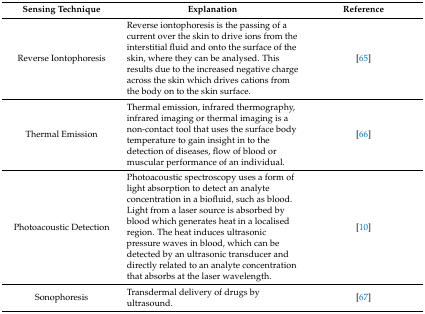
| Sensing Technique | Explanation | Reference |
 | --- | --- | --- |
 | Reverse Iontophoresis | Reverse iontophoresis is the passing of a current over the skin to drive ions from the interstitial fluid and onto the surface of the skin, where they can be analysed. This results due to the increased negative charge across the skin which drives cations from the body on to the skin surface. | [65] |
 | Thermal Emission | Thermal emission, infrared thermography, infrared imaging or thermal imaging is a non-contact tool that uses the surface body temperature to gain insight in to the detection of diseases, flow of blood or muscular performance of an individual. | [66] |
 | Photoacoustic Detection | Photoacoustic spectroscopy uses a form of light absorption to detect an analyte concentration in a biofluid, such as blood. Light from a laser source is absorbed by blood which generates heat in a localised region. The heat induces ultrasonic pressure waves in blood, which can be detected by an ultrasonic transducer and directly related to an analyte concentration that absorbs at the laser wavelength. | [10] |
 | Sonophoresis | Transdermal delivery of drugs by ultrasound. | [67] |